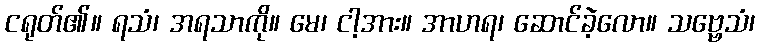
ငရုတ်၏။ ရသံ၊ အရသာကို။ မေ၊ ငါ့အား။ အာဟရ၊ ဆောင်ခဲ့လော။ သဗ္ဗေသံ၊